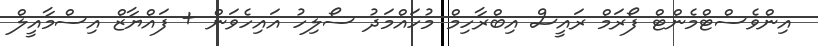
އިންވެސްޓްމެންޓް ފޯރަމް ރައީސް އިބްރާހިމް މުހައްމަދު ސޯލިހު އައިހެވަން + ފައްޔާޒް އިސްމާއީލް